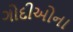
ગોદીઓના